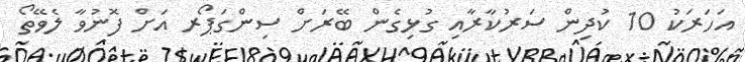
އަހަރަކު 10 ކުދިން ސަރުކާރާއި ގުޅިގެން ބޭރަށް ސިންގަޕޯރ އަށް ފޮނުވާ ލެވޭތޯ